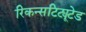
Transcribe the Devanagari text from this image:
रिकन्सटिट्यूटेड